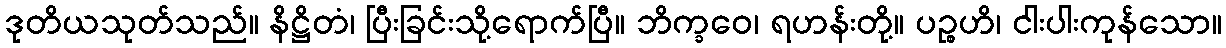
ဒုတိယသုတ်သည်။ နိဋ္ဌိတံ၊ ပြီးခြင်းသို့ရောက်ပြီ။ ဘိက္ခဝေ၊ ရဟန်းတို့။ ပဉ္စဟိ၊ ငါးပါးကုန်သော။